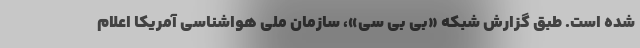
شده است. طبق گزارش شبکه «بی بی سی»، سازمان ملی هواشناسی آمریکا اعلام